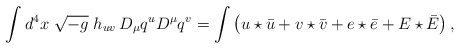
\begin{align*}\int d^4 x \;\sqrt{-g}\; h_{uv} \, D_{\mu} q^u D^\mu q^v = \int \left( u \star \bar u + v \star \bar v + e \star \bar e + E \star \bar E \right), \end{align*}